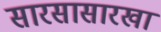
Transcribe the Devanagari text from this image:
सारसासारखा